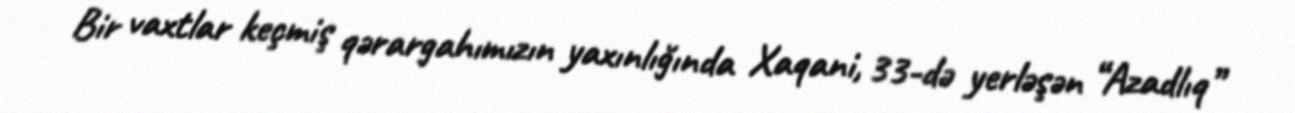
Bir vaxtlar keçmiş qərargahımızın yaxınlığında Xaqani, 33-də yerləşən “Azadlıq”